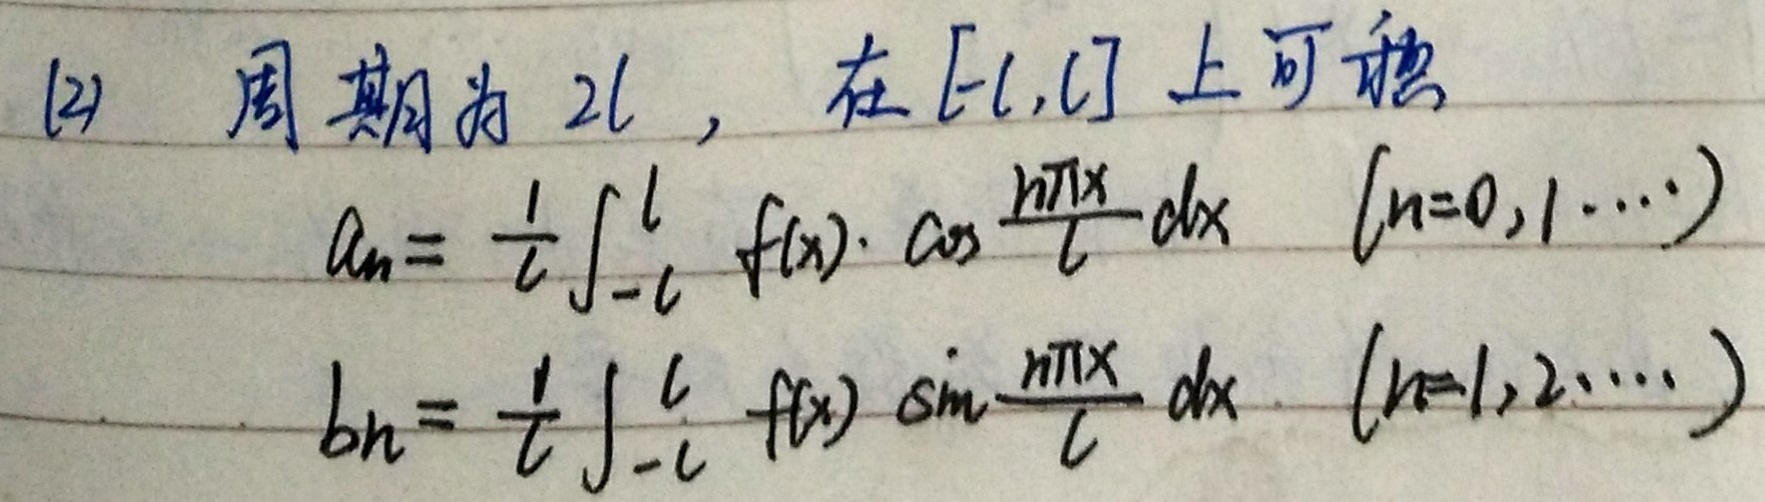
(2) 周期为 \(2l\)，在 \([-l,l]\) 上可积。
\[
\begin{align*}
a_{n}&=\frac{1}{l}\int_{-l}^{l} f(x)\cdot\cos\frac{n\pi x}{l}dx\quad(n = 0,1,\cdots)\\
b_{n}&=\frac{1}{l}\int_{-l}^{l} f(x)\cdot\sin\frac{n\pi x}{l}dx\quad(n = 1,2,\cdots)
\end{align*}
\]